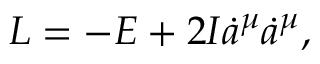
L = - E + 2 { \cal I } \dot { a } ^ { \mu } \dot { a } ^ { \mu } ,